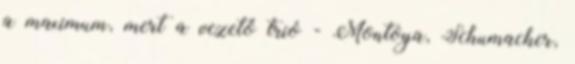
a maximum, mert a vezető trió - Montoya, Schumacher,